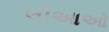
લીઆઓ